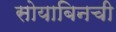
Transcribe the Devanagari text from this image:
सोयाबिनची